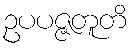
ဥပပဇ္ဇတူတိ